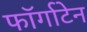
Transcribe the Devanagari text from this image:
फॉर्गाटेन